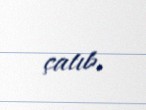
çatıb.